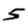
Digit: 5